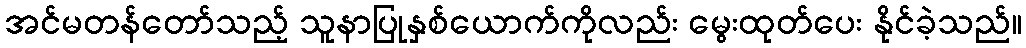
အင်မတန်တော်သည့် သူနာပြုနှစ်ယောက်ကိုလည်း မွေးထုတ်ပေး နိုင်ခဲ့သည်။